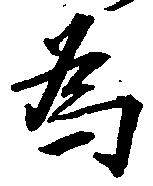
為